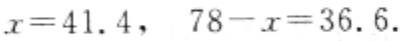
$x = 41.4,\ 78 - x = 36.6.$